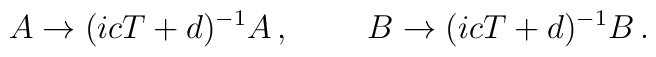
A\rightarrow (icT+d)^{-1}A\, , ~~~~~~~B\rightarrow (icT+d)^{-1}B\, .